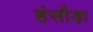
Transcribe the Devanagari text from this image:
हंसौड़ा